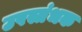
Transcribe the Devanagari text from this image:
उपस्तंभक